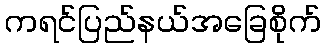
ကရင်ပြည်နယ်အခြေစိုက်